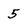
Character: 5